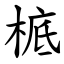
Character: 㭽